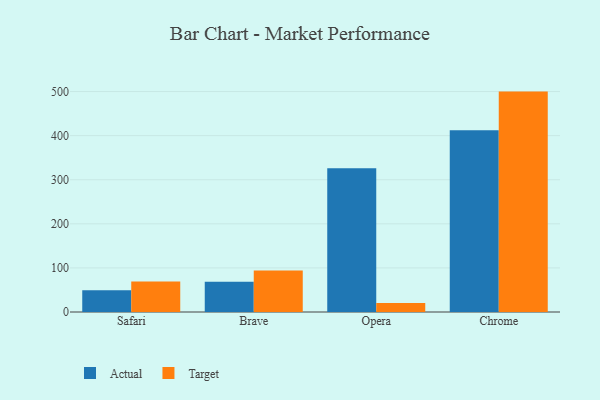
{"axis": {"x": "Browser", "y": "Website Visitors"}, "legend": ["Actual", "Target"], "data": [{"x": "Safari", "y": 49.6, "type": "Actual"}, {"x": "Safari", "y": 68.9, "type": "Target"}, {"x": "Brave", "y": 68.8, "type": "Actual"}, {"x": "Brave", "y": 94.2, "type": "Target"}, {"x": "Opera", "y": 325.8, "type": "Actual"}, {"x": "Opera", "y": 20.2, "type": "Target"}, {"x": "Chrome", "y": 412.4, "type": "Actual"}, {"x": "Chrome", "y": 499.9, "type": "Target"}]}